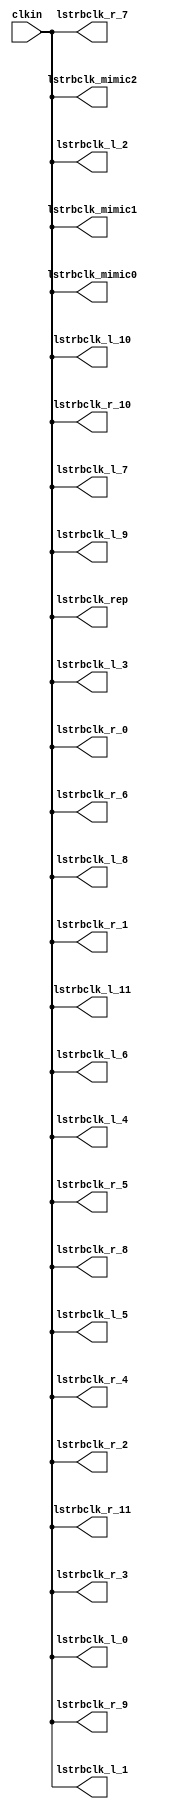
// SPDX-License-Identifier: Apache-2.0
// Copyright (C) 2019 Intel Corporation. 
//------------------------------------------------------------------------
// Copyright (c) 2012 Altera Corporation. .
//
//------------------------------------------------------------------------
// Revision:    $Revision: 1 $
//------------------------------------------------------------------------
// Description: skew-matched clock distribution network
//------------------------------------------------------------------------
`timescale 1ps/1ps
module aibcr3_clktree_pcs 
#(
parameter SKEW_DELAY     = 60   //min:20ps; typ :60ps; max:100ps
)
(
   input  wire         clkin,                   //clock source
   output wire 	       lstrbclk_l_0, 	        //buffered clock
   output wire         lstrbclk_l_1,            //buffered clock
   output wire         lstrbclk_l_2,            //buffered clock
   output wire         lstrbclk_l_3,            //buffered clock
   output wire         lstrbclk_l_4,            //buffered clock
   output wire         lstrbclk_l_5,            //buffered clock
   output wire         lstrbclk_l_6,            //buffered clock
   output wire         lstrbclk_l_7,            //buffered clock
   output wire         lstrbclk_l_8,            //buffered clock
   output wire         lstrbclk_l_9,            //buffered clock
   output wire         lstrbclk_l_10,           //buffered clock
   output wire         lstrbclk_l_11,           //buffered clock
   output wire         lstrbclk_r_0,            //buffered clock
   output wire         lstrbclk_r_1,            //buffered clock
   output wire         lstrbclk_r_2,            //buffered clock
   output wire         lstrbclk_r_3,            //buffered clock
   output wire         lstrbclk_r_4,            //buffered clock
   output wire         lstrbclk_r_5,            //buffered clock
   output wire         lstrbclk_r_6,            //buffered clock
   output wire         lstrbclk_r_7,            //buffered clock
   output wire         lstrbclk_r_8,            //buffered clock
   output wire         lstrbclk_r_9,            //buffered clock
   output wire         lstrbclk_r_10,           //buffered clock
   output wire         lstrbclk_r_11,           //buffered clock
   output wire         lstrbclk_rep, 	        //replica for DLL
   output wire         lstrbclk_mimic0,         //mimic path for load matching
   output wire         lstrbclk_mimic1,         //mimic path for load matching   
   output wire         lstrbclk_mimic2          //mimic path for load matching
);

`ifdef TIMESCALE_EN
  timeunit 1ps;
  timeprecision 1ps;
`endif
  
                assign #SKEW_DELAY lstrbclk_l_0 = clkin;
                assign #SKEW_DELAY lstrbclk_l_1 = clkin;
                assign #SKEW_DELAY lstrbclk_l_2 = clkin;
                assign #SKEW_DELAY lstrbclk_l_3 = clkin;
                assign #SKEW_DELAY lstrbclk_l_4 = clkin;
                assign #SKEW_DELAY lstrbclk_l_5 = clkin;
                assign #SKEW_DELAY lstrbclk_l_6 = clkin;
                assign #SKEW_DELAY lstrbclk_l_7 = clkin;
                assign #SKEW_DELAY lstrbclk_l_8 = clkin;
                assign #SKEW_DELAY lstrbclk_l_9 = clkin;
                assign #SKEW_DELAY lstrbclk_l_10 = clkin;
                assign #SKEW_DELAY lstrbclk_l_11 = clkin;
                assign #SKEW_DELAY lstrbclk_r_0 = clkin;
                assign #SKEW_DELAY lstrbclk_r_1 = clkin;
                assign #SKEW_DELAY lstrbclk_r_2 = clkin;
                assign #SKEW_DELAY lstrbclk_r_3 = clkin;
                assign #SKEW_DELAY lstrbclk_r_4 = clkin;
                assign #SKEW_DELAY lstrbclk_r_5 = clkin;
                assign #SKEW_DELAY lstrbclk_r_6 = clkin;
                assign #SKEW_DELAY lstrbclk_r_7 = clkin;
                assign #SKEW_DELAY lstrbclk_r_8 = clkin;
                assign #SKEW_DELAY lstrbclk_r_9 = clkin;
                assign #SKEW_DELAY lstrbclk_r_10 = clkin;
                assign #SKEW_DELAY lstrbclk_r_11 = clkin;
                assign #SKEW_DELAY lstrbclk_rep = clkin;
                assign #SKEW_DELAY lstrbclk_mimic0 = clkin;
                assign #SKEW_DELAY lstrbclk_mimic1 = clkin;
                assign #SKEW_DELAY lstrbclk_mimic2 = clkin;

endmodule // aibcr3_clktree_pcs